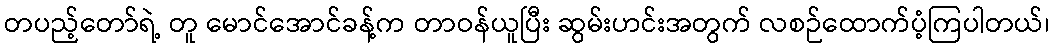
တပည့်တော်ရဲ့ တူ မောင်အောင်ခန့်က တာဝန်ယူပြီး ဆွမ်းဟင်းအတွက် လစဉ်ထောက်ပံ့ကြပါတယ်၊